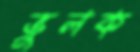
ভুলক